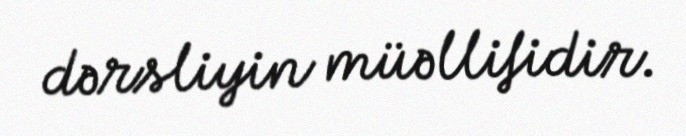
dərsliyin müəllifidir.